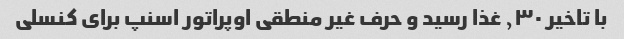
با تاخیر ٫٣٠ غذا رسید و حرف غیر منطقی اوپراتور اسنپ برای کنسلی